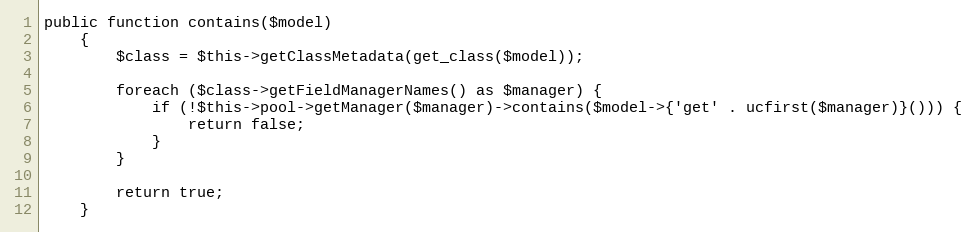
Language: PHP
public function contains($model)
    {
        $class = $this->getClassMetadata(get_class($model));

        foreach ($class->getFieldManagerNames() as $manager) {
            if (!$this->pool->getManager($manager)->contains($model->{'get' . ucfirst($manager)}())) {
                return false;
            }
        }

        return true;
    }